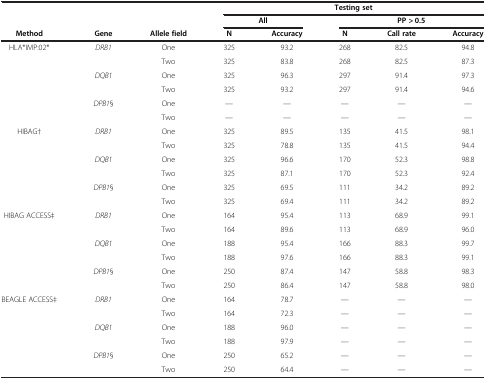
<table><thead><tr><td><b> </b></td><td><b> </b></td><td><b> </b></td><td colspan="5"><b>Testing set</b></td></tr><tr><td><b> </b></td><td><b> </b></td><td><b> </b></td><td colspan="2"><b>All</b></td><td colspan="3"><b>PP &gt; 0.5</b></td></tr><tr><td><b>Method</b></td><td><b>Gene</b></td><td><b>Allele field</b></td><td><b>N</b></td><td><b>Accuracy</b></td><td><b>N</b></td><td><b>Call rate</b></td><td><b>Accuracy</b></td></tr></thead><tbody><tr><td>HLA*IMP:02*</td><td><i>DRB1</i></td><td>One</td><td>325</td><td>93.2</td><td>268</td><td>82.5</td><td>94.8</td></tr><tr><td> </td><td> </td><td>Two</td><td>325</td><td>83.8</td><td>268</td><td>82.5</td><td>87.3</td></tr><tr><td> </td><td><i>DQB1</i></td><td>One</td><td>325</td><td>96.3</td><td>297</td><td>91.4</td><td>97.3</td></tr><tr><td> </td><td> </td><td>Two</td><td>325</td><td>93.2</td><td>297</td><td>91.4</td><td>94.6</td></tr><tr><td> </td><td><i>DPB1</i>§</td><td>One</td><td>—</td><td>—</td><td>—</td><td>—</td><td>—</td></tr><tr><td> </td><td> </td><td>Two</td><td>—</td><td>—</td><td>—</td><td>—</td><td>—</td></tr><tr><td>HIBAG†</td><td><i>DRB1</i></td><td>One</td><td>325</td><td>89.5</td><td>135</td><td>41.5</td><td>98.1</td></tr><tr><td> </td><td> </td><td>Two</td><td>325</td><td>78.8</td><td>135</td><td>41.5</td><td>94.4</td></tr><tr><td> </td><td><i>DQB1</i></td><td>One</td><td>325</td><td>96.6</td><td>170</td><td>52.3</td><td>98.8</td></tr><tr><td> </td><td> </td><td>Two</td><td>325</td><td>87.1</td><td>170</td><td>52.3</td><td>92.4</td></tr><tr><td> </td><td><i>DPB1</i>§</td><td>One</td><td>325</td><td>69.5</td><td>111</td><td>34.2</td><td>89.2</td></tr><tr><td> </td><td> </td><td>Two</td><td>325</td><td>69.4</td><td>111</td><td>34.2</td><td>89.2</td></tr><tr><td>HIBAG ACCESS‡</td><td><i>DRB1</i></td><td>One</td><td>164</td><td>95.4</td><td>113</td><td>68.9</td><td>99.1</td></tr><tr><td> </td><td> </td><td>Two</td><td>164</td><td>89.6</td><td>113</td><td>68.9</td><td>96.0</td></tr><tr><td> </td><td><i>DQB1</i></td><td>One</td><td>188</td><td>95.4</td><td>166</td><td>88.3</td><td>99.7</td></tr><tr><td> </td><td> </td><td>Two</td><td>188</td><td>97.6</td><td>166</td><td>88.3</td><td>99.1</td></tr><tr><td> </td><td><i>DPB1</i>§</td><td>One</td><td>250</td><td>87.4</td><td>147</td><td>58.8</td><td>98.3</td></tr><tr><td> </td><td> </td><td>Two</td><td>250</td><td>86.4</td><td>147</td><td>58.8</td><td>98.0</td></tr><tr><td>BEAGLE ACCESS‡</td><td><i>DRB1</i></td><td>One</td><td>164</td><td>78.7</td><td>—</td><td>—</td><td>—</td></tr><tr><td> </td><td> </td><td>Two</td><td>164</td><td>72.3</td><td>—</td><td>—</td><td>—</td></tr><tr><td> </td><td><i>DQB1</i></td><td>One</td><td>188</td><td>96.0</td><td>—</td><td>—</td><td>—</td></tr><tr><td> </td><td> </td><td>Two</td><td>188</td><td>97.9</td><td>—</td><td>—</td><td>—</td></tr><tr><td> </td><td><i>DPB1</i>§</td><td>One</td><td>250</td><td>65.2</td><td>—</td><td>—</td><td>—</td></tr><tr><td> </td><td> </td><td>Two</td><td>250</td><td>64.4</td><td>—</td><td>—</td><td>—</td></tr></tbody></table>